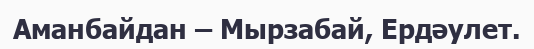
Аманбайдан – Мырзабай, Ердәулет.